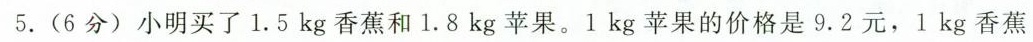
5.(6分)小明买了1.5kg香蕉和1.8kg苹果。1kg苹果的价格是9.2元，1kg香蕉